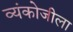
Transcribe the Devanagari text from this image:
व्यंकोजीला